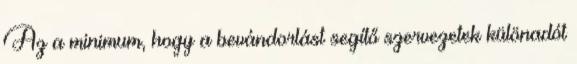
Az a minimum, hogy a bevándorlást segítő szervezetek különadót